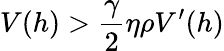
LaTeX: V(h)>\frac{\gamma}{2}\eta\rho V^{\prime}(h)